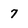
Character: 7